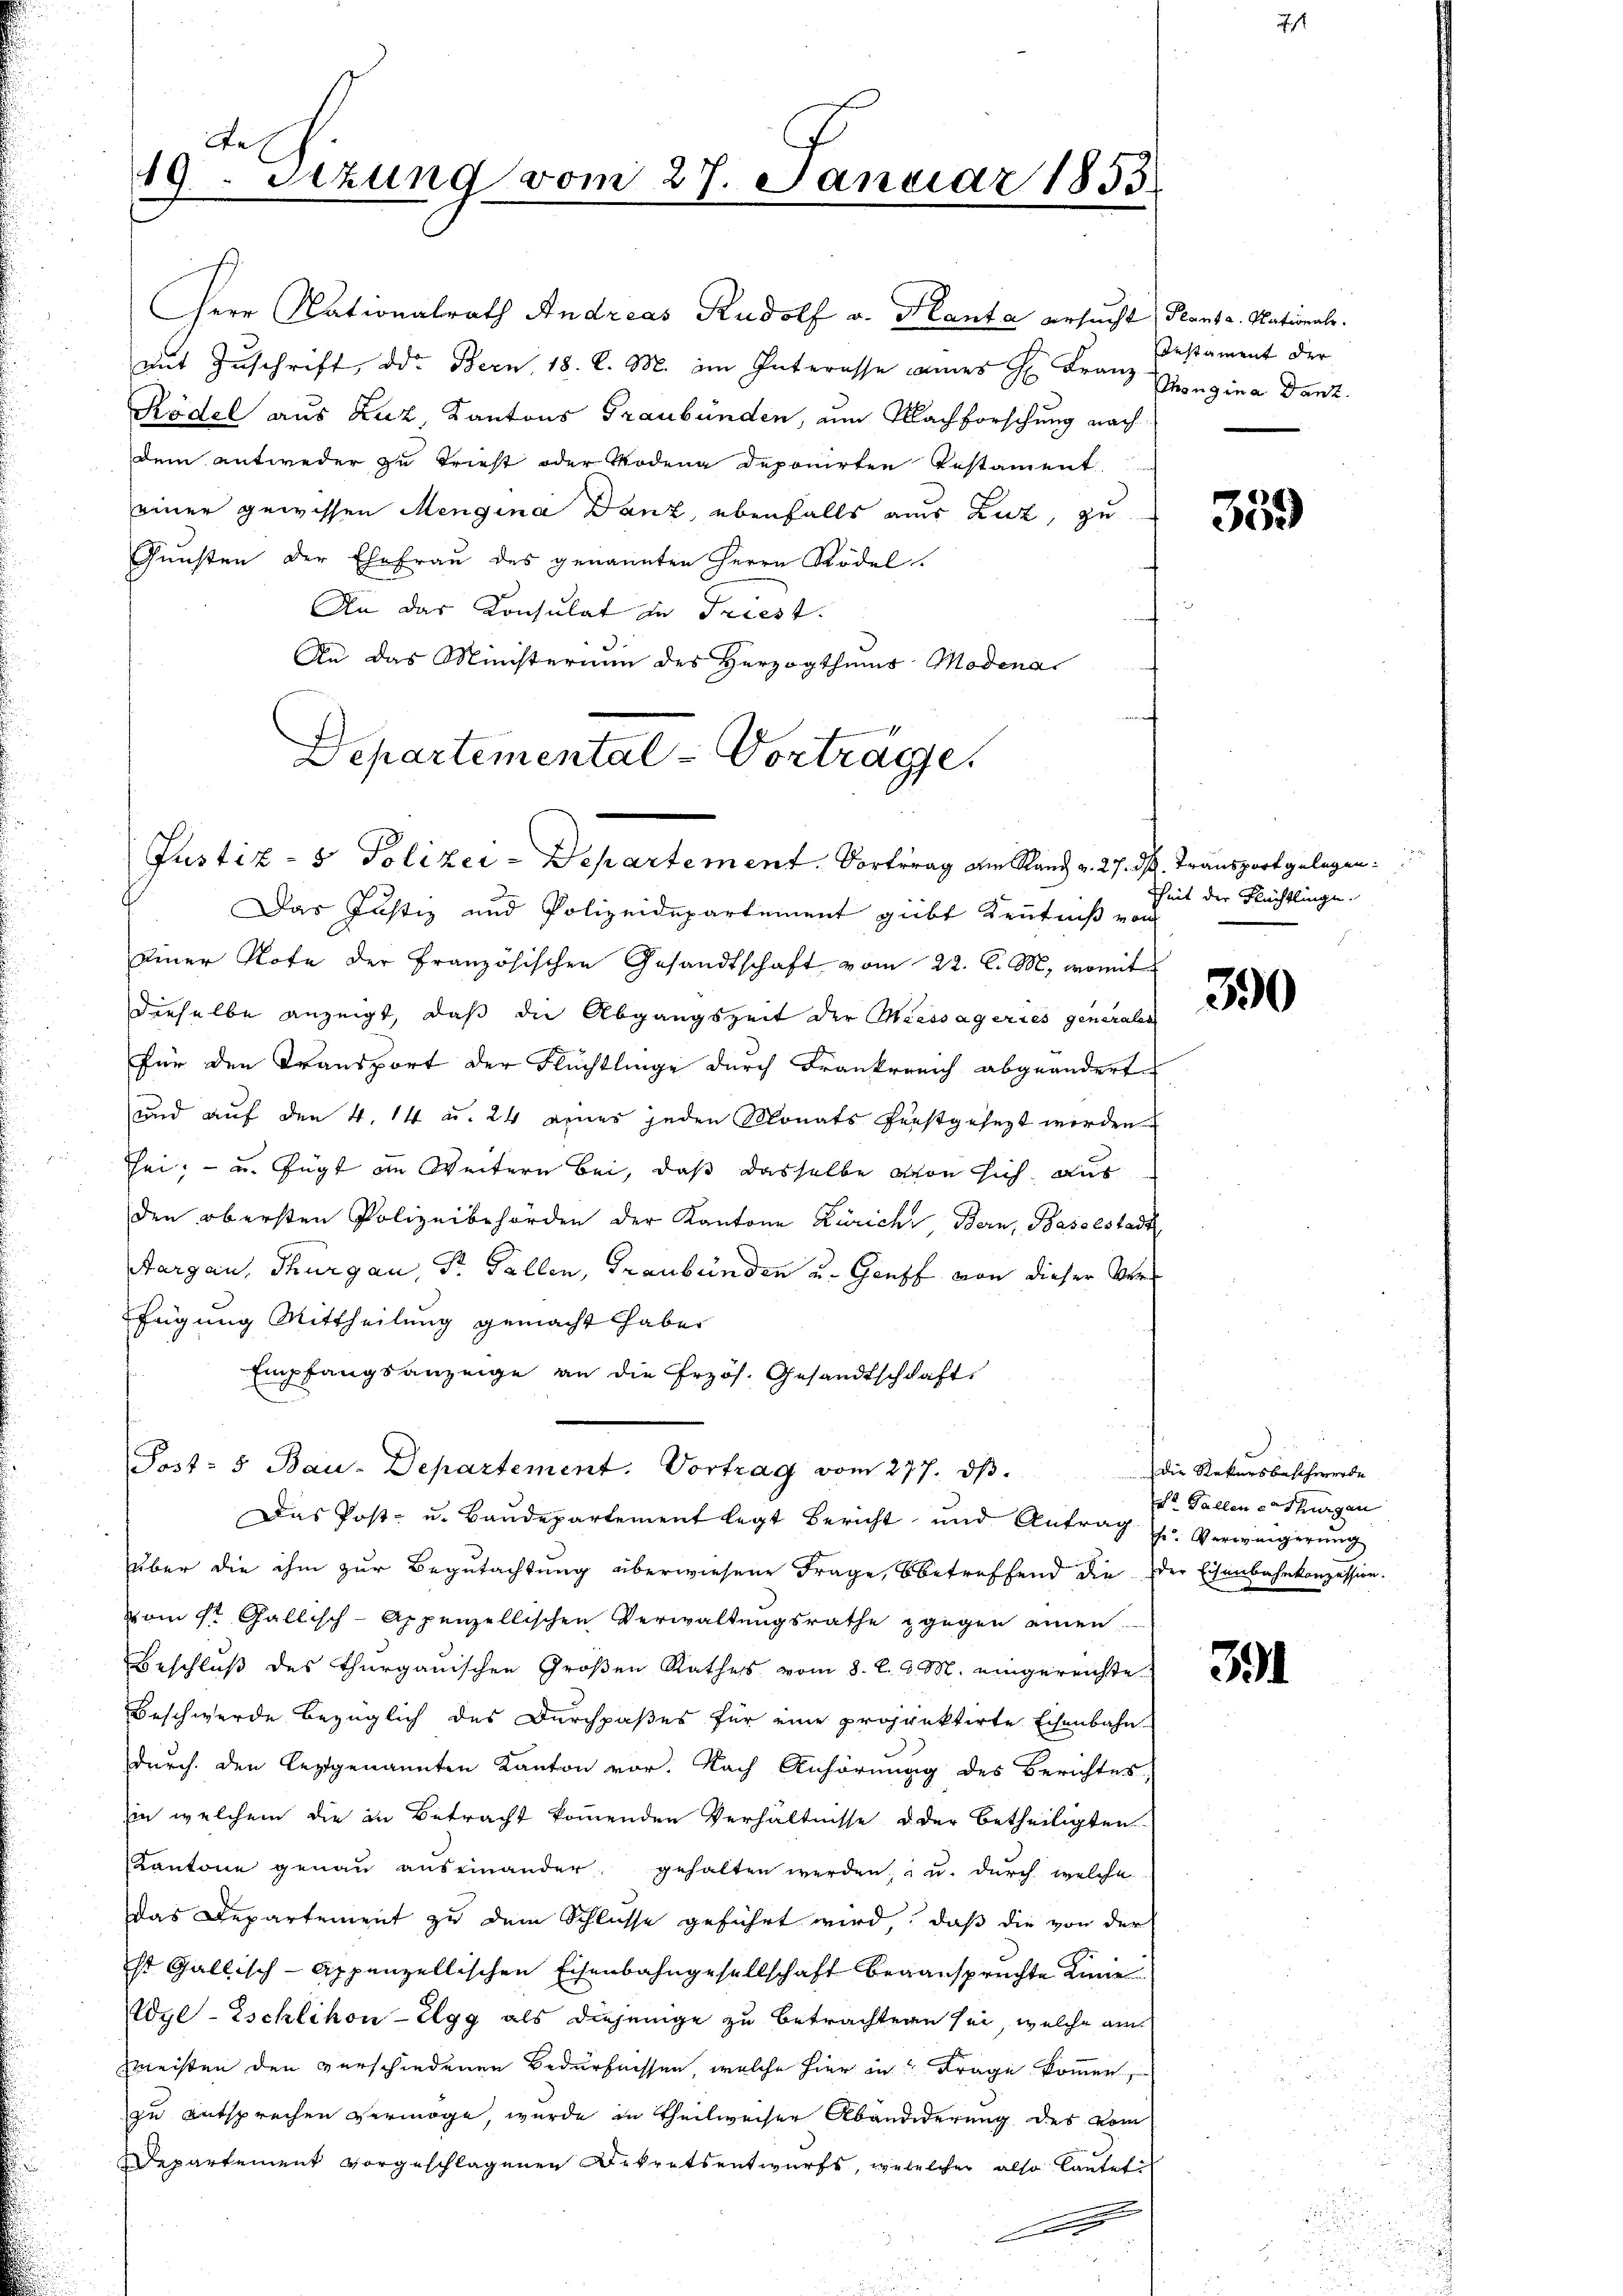
De
19. Setzung vom 27. Januar 1855.

Herr Nationalrath Andreas Rudolf v. Planta ersucht Planta. Nationale
mit Zŭschrift, d. Bern, 18. d. M. im Interasse annes H. Franz Mongina Danz
Rödel aus Ruz, Kantons Graubünden, um Nachforschung nach
dem antweder zu Triest oder Modena deponirten Testament
einer gewissen Mengina Danz, ebenfalls aus Lut, zu
Gunsten der Ehefrau des genannten Herrn Rödel.
An das Konsulat in Triest.
An das Ministerium des Herzogthums Modena
Das Justiz und Polizeidepartement giebt Kenntniß von
einer Note der Französischen Gesandtschaft vom 22. C. M., womit
dieselbe anzeigt, daß die Abgangszeit der Miessageries generalen
für den Transport der Flüchtlinge durch Frankreich abgeänderte
und auf den 4. 14 u. 24 eines jeden Monats furstgesezt werden
sei; - u. fügt in Weitern bei, daß dasselbe von sich aus
den obersten Polizeibehörden der Kantone Zürich Bern, Baselstadt
Aargau, Thurgau, Dr. Gallen, Graubünden u. Genf von dieser Verfügung Mittheilung gemacht habe.
Empfangsanzeige an die Erzös. Gesandtschafts
Post- & Bau-Departement. Vortrag vom 277. dβ.
Das Post- u. Baŭdepartement legt Bericht und Antrag fr. Verweigerŭng
über die ihm zur Begutachtung überwiesene Frage, betreffend die der Eisenbahnkonzession.
vom St. Gallisch-Appenzellischen Verwaltungsrathe zgegen einen
Beschluß des Thurgauischen Großen Rathess vom 8. d. d. M. eingereichte
Beschwerde bezüglich des Durchpaßes für eine projektirte Eisenbahn-
durch den leztgenannten Kanton vor. Nach Anhörung des Berichtes
in welchem die in Betracht kommenden Verhältnisse oder betheiligten
Kantone genau auseinander, gehalten werden; - u. durch welche
das Departement zu dem Schlüsse geführt wird, daß die von der
st Gallisch-Appenzellischen Eisenbahngesellschaft beganspruchte Linie
Wyl-Eschlikon-Elgg als diejenige zu betrachtern sei, welche am
zmeisten den verschiedenen Bedürfnissen, welche hier in Frage kommen,
zu entsprechen vermöge, wurde in Theilweiser Abändederung des vom
Departement vorgeschlagenen Dekretsentwurfs, welcher also lautet
A

Departemental-Vorträge
Justiz- & Polizei-Departement. Vortrag am Stand v. 27. d. Transport gelegen.

Testament der

359

Zeit der Flüchtlinge.

390

Die Rekursbeschwerde
Dr. Gallen erthurgen

391